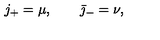
j _ { + } = \mu , \qquad \bar { \jmath } _ { - } = \nu ,